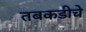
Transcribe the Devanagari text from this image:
तबकडीचे